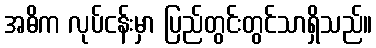
အဓိက လုပ်ငန်းမှာ ပြည်တွင်းတွင်သာရှိသည်။